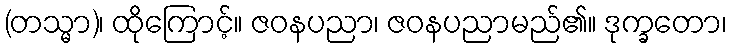
(တသ္မာ)၊ ထိုကြောင့်။ ဇဝနပညာ၊ ဇဝနပညာမည်၏။ ဒုက္ခတော၊